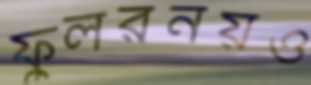
ফুলরনয়ও